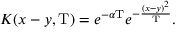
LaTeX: K ( x - y , \mathrm { T } ) = e ^ { - \alpha \mathrm { T } } e ^ { - { \frac { ( x - y ) ^ { 2 } } { \mathrm { T } } } } .